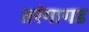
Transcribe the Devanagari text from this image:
तरंगागड